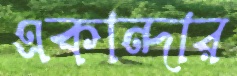
একান্দার